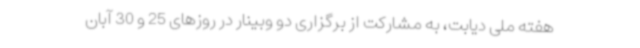
هفته ملی دیابت، به مشارکت از برگزاری دو وبینار در روزهای 25 و 30 آبان